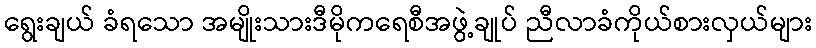
ရွေးချယ် ခံရသော အမျိုးသားဒီမိုကရေစီအဖွဲ့ချုပ် ညီလာခံကိုယ်စားလှယ်များ